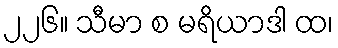
၂၂၆။ သီမာ စ မရိယာဒါ ထ၊